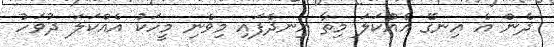
ދެން އެ އިނގޭ އެއްކަލަ މިތާ އިނދެފައި މިވެނި މީހަކު އެއްކަލަ ދުވަހު